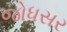
જોધસર